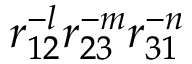
r _ { 1 2 } ^ { - l } r _ { 2 3 } ^ { - m } r _ { 3 1 } ^ { - n }